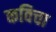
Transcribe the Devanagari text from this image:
कविचा